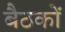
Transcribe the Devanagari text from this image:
बैठकाें